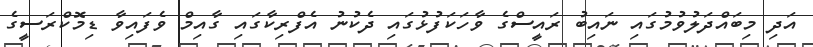
އަދި މިބައްދަލުވުމުގައި ނައިބު ރައީސްގެ ވާހަކަފުޅުގައި ދެކުނު އެފްރިކާގައި ގާއިމް ވެފައިވާ ޑިމޮކްރަސީގެ